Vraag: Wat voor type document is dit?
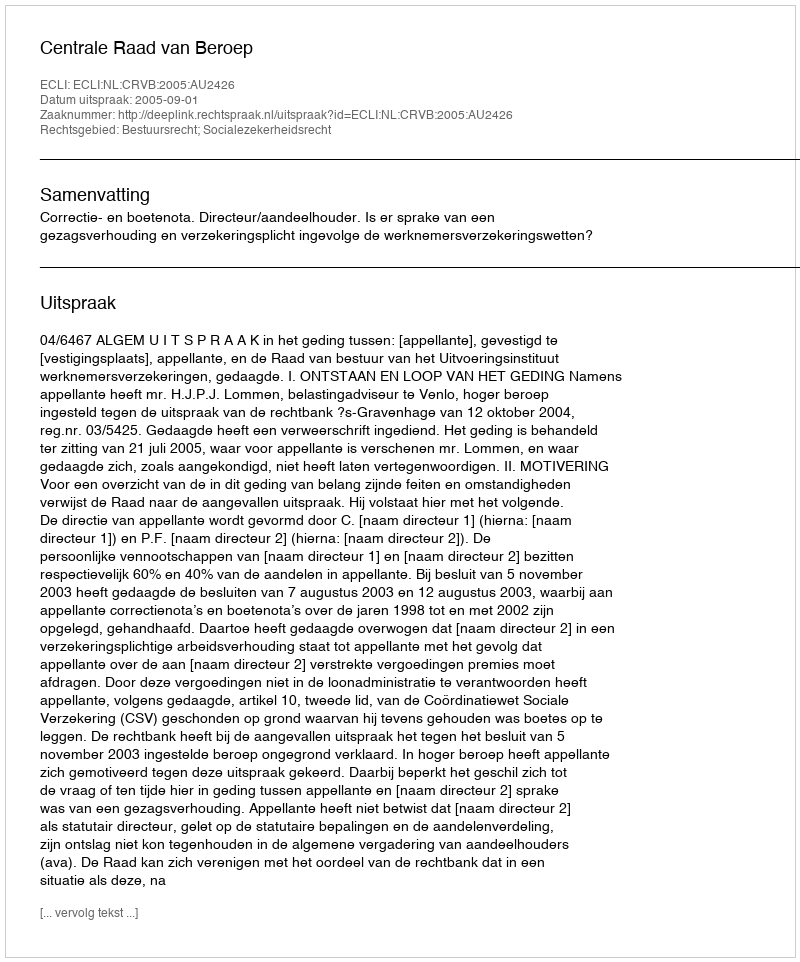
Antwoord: Uitspraak